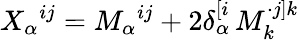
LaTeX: X_{\alpha}{}^{ij}=M_{\alpha}{}^{ij}+2\delta_{\alpha}^{[i}\, M_{k}^{\cdot j]k}